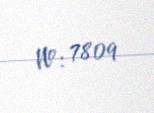
№: 7809